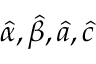
{ \hat { \alpha } } , { \hat { \beta } } , { \hat { a } } , { \hat { c } }